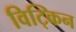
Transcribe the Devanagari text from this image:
विट्किन